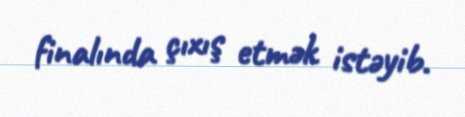
finalında çıxış etmək istəyib.